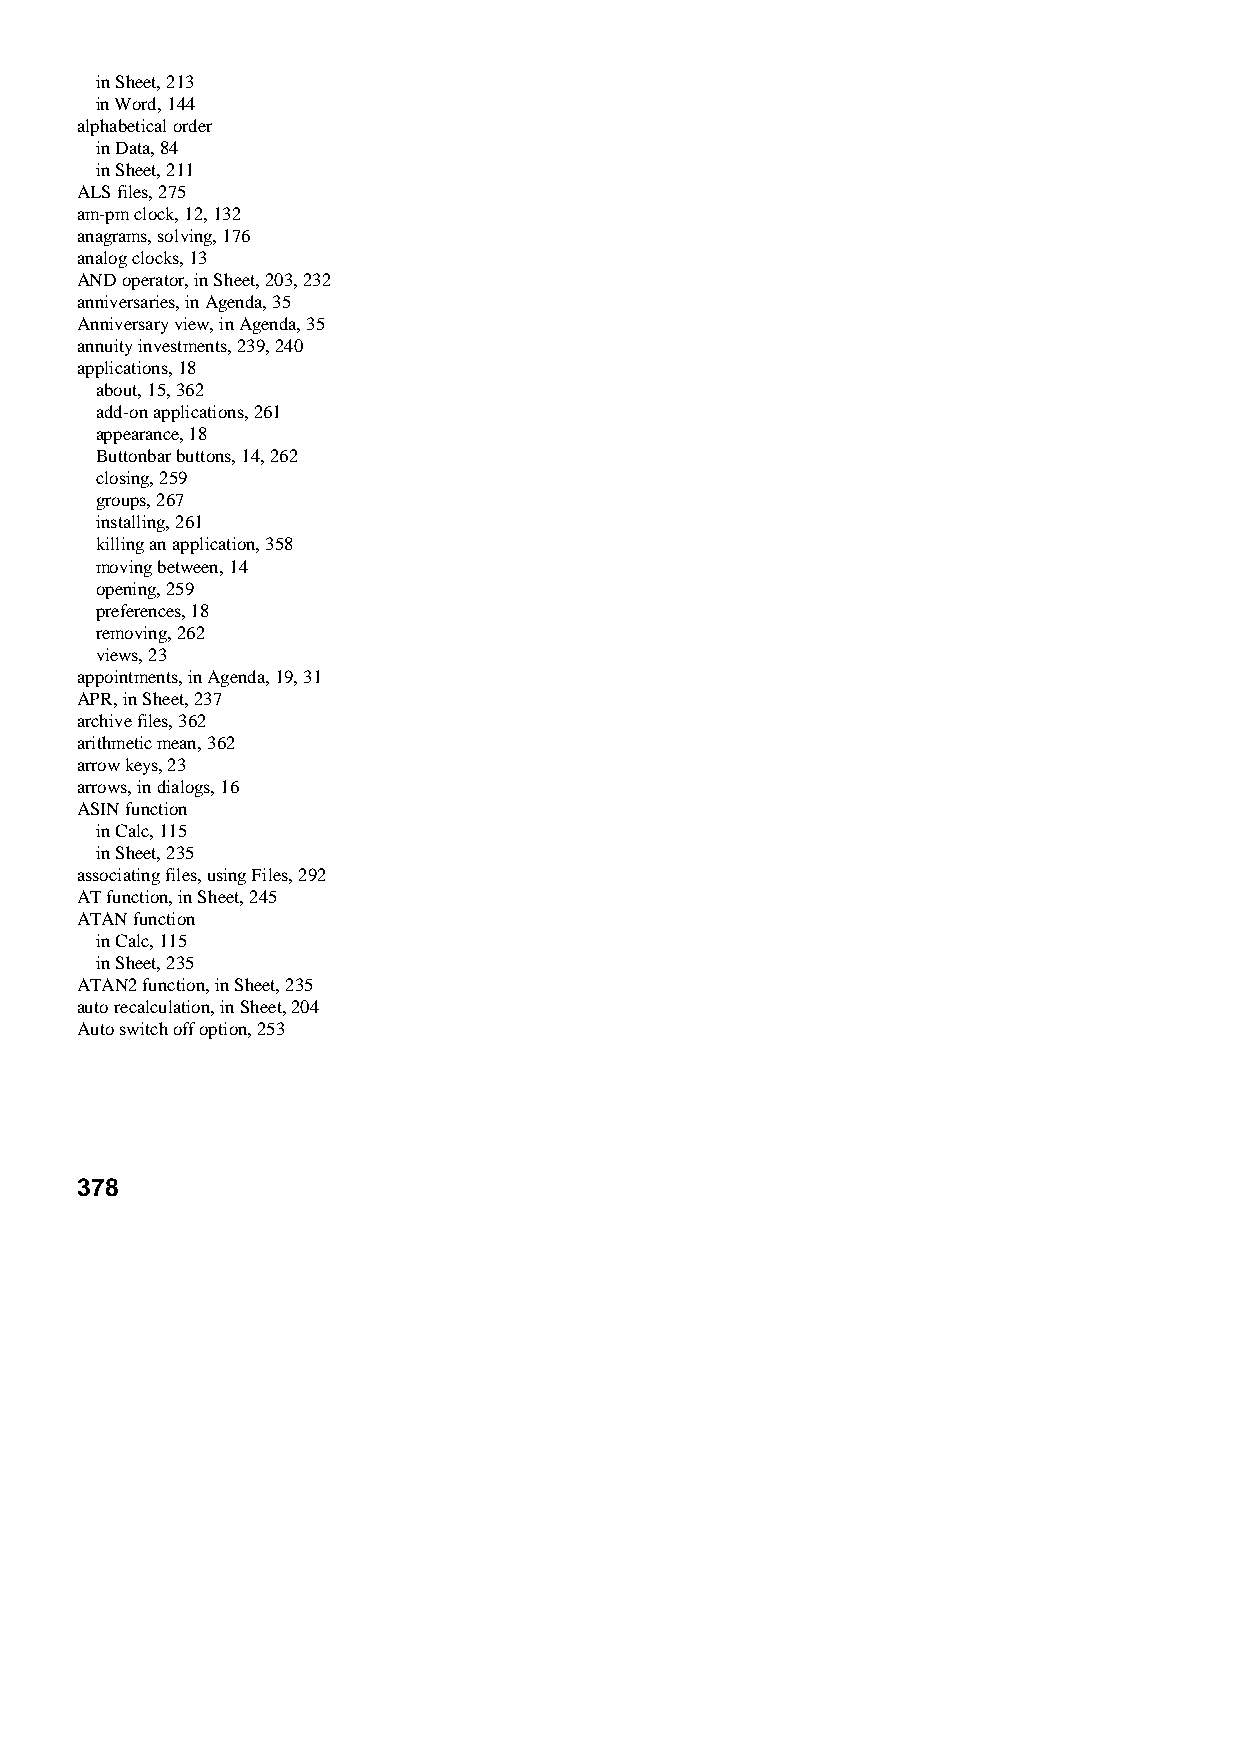
in Sheet, 213
 in Word, 144
 alphabetical order
 in Data, 84
 in Sheet, 211
 ALS files, 275
 am-pm clock, 12, 132
 anagrams, solving, 176
 analog clocks, 13
 AND operator, in Sheet, 203, 232
 anniversaries, in Agenda, 35
 Anniversary view, in Agenda, 35
 annuity investments, 239, 240
 applications, 18
 about, 15, 362
 add-on applications, 261
 appearance, 18
 Buttonbar buttons, 14, 262
 closing, 259
 groups, 267
 installing, 261
 killing an application, 358
 moving between, 14
 opening, 259
 preferences, 18
 removing, 262
 views, 23
 appointments, in Agenda, 19, 31
 APR, in Sheet, 237
 archive files, 362
 arithmetic mean, 362
 arrow keys, 23
 arrows, in dialogs, 16
 ASIN function
 in Calc, 115
 in Sheet, 235
 associating files, using Files, 292
 AT function, in Sheet, 245
 ATAN function
 in Calc, 115
 in Sheet, 235
 ATAN2 function, in Sheet, 235
 auto recalculation, in Sheet, 204
 Auto switch off option, 253
 378